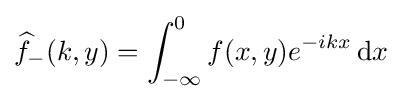
{\widehat {f}}_{-}(k,y)=\int _{-\infty }^{0}f(x,y)e^{-ikx}\,{\textrm {d}}x